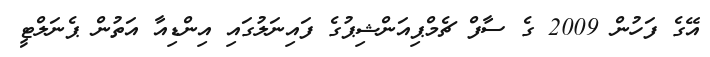
އޭގެ ފަހުން 2009 ގެ ސާފް ޗެމްޕިއަންޝިޕުގެ ފައިނަލުގައި އިންޑިއާ އަތުން ޕެނަލްޓީ